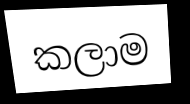
කලාම